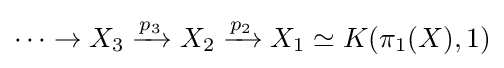
\cdots \to X_{3}\xrightarrow {p_{3}} X_{2}\xrightarrow {p_{2}} X_{1}\simeq K(\pi _{1}(X),1)